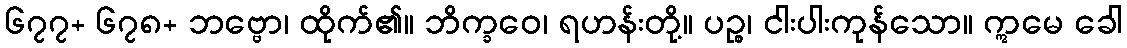
၆၇၇+ ၆၇၈+ ဘဗ္ဗော၊ ထိုက်၏။ ဘိက္ခဝေ၊ ရဟန်းတို့။ ပဉ္စ၊ ငါးပါးကုန်သော။ ဣမေ ခေါ